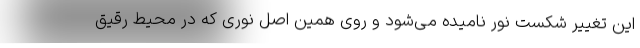
این تغییر شکست نور نامیده می‌شود و روی همین اصل نوری که در محیط رقیق